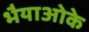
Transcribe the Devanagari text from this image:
भैयाओके